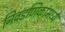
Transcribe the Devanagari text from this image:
निवडणिकांमध्ये